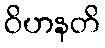
ဝိဟနတိ